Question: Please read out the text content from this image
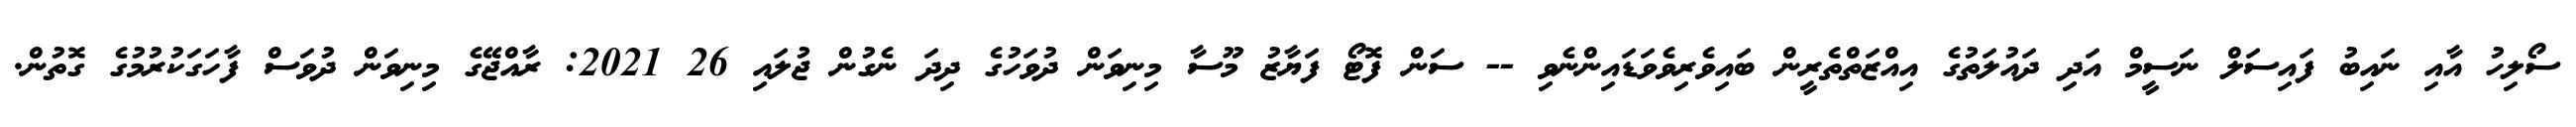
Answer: ސޯލިހު އާއި ނައިބު ފައިސަލް ނަސީމް އަދި ދައުލަތުގެ އިއްޒަތްތެރީން ބައިވެރިވެވަޑައިންނެވި -- ސަން ފޮޓޯ ފަޔާޒު މޫސާ މިނިވަން ދުވަހުގެ ދިދަ ނެގުން ޖުލައި 26 2021: ރާއްޖޭގެ މިނިވަން ދުވަސް ފާހަގަކުރުމުގެ ގޮތުން.